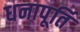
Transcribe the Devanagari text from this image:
धनापूर्ति